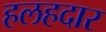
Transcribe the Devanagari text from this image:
हलहदार